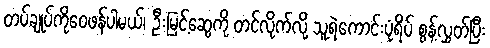
တပ်ချုပ်ကိုဝေဖန်ပါမယ်၊ ဦးမြင့်ဆွေကို တင်လိုက်လို့ သူရဲကောင်းပုံရိပ် စွန့်လွှတ်ပြီး